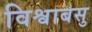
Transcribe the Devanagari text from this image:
विश्वाबसु